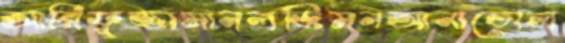
আরিফুজ্জামানলজিমনআনাতোল